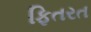
ફિતરત